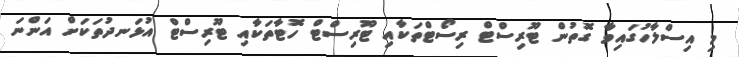
މި އިސްލާހުގައިވާ ގޮތުން ޓޫރިސްޓް ރިސޯޓްތަކާއި ޓޫރިސްޓް ހޮޓާތަކާއި ޓޫރިސްޓް އުޅަނދުތަކަށް އަންނަ